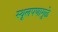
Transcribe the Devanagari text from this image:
स्थूलपणामुळे